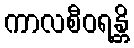
ကာလစီဝရန္တိ